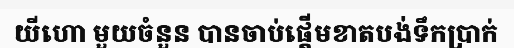
យីហោ មួយចំនួន បានចាប់ផ្តើមខាតបង់ទឹកប្រាក់